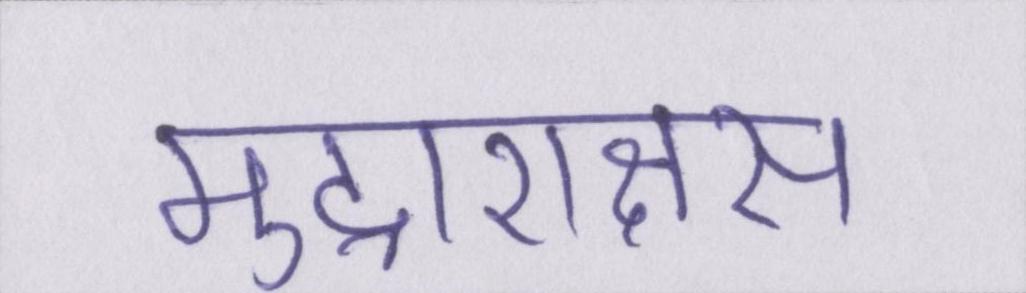
मुद्राराक्षस